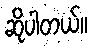
ဆိုပါတယ်။